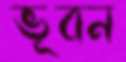
ভূবন